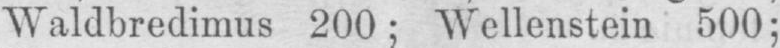
Waldbredimus 200; Wellenstein 500;